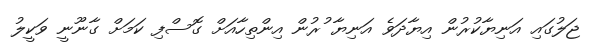
ޖަލުގައި އަނިޔާކުރުން އިޔާދަވެ އަނިޔާ ުރުން އިންތިހާއަށް ގޮސްފި ކަމަށް ގާނޫނީ ވަކީލު